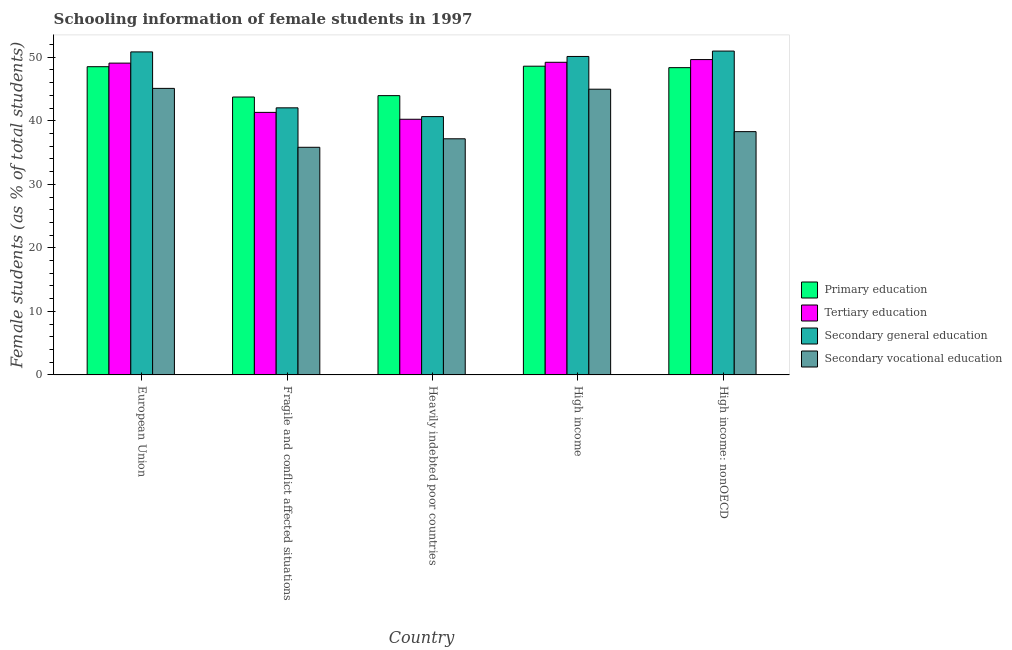
| Country | Primary education | Tertiary education | Secondary general education | Secondary vocational education |
 | --- | --- | --- | --- | --- |
 | European Union | 48.5 | 49.1 | 50.8 | 45.1 |
 | Fragile and conflict affected situations | 43.7 | 41.3 | 42 | 35.8 |
 | Heavily indebted poor countries | 44 | 40.2 | 40.7 | 37.2 |
 | High income | 48.6 | 49.2 | 50.1 | 45 |
 | High income: nonOECD | 48.4 | 49.6 | 51 | 38.3 |